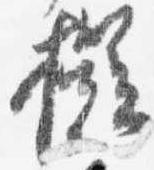
擬